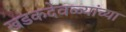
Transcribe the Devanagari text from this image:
खडकदेवळ्यांच्या